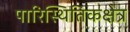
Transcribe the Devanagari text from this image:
पारिस्थितिकक्षेत्र